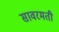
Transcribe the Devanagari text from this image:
सावरमती